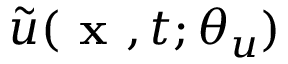
\tilde { u } ( \textbf { x } , t ; \theta _ { u } )